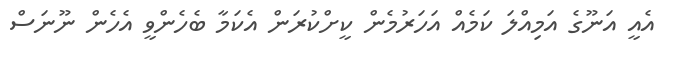
އެއީ އަނޫގެ އަމިއްލަ ކަމެއް އަހަރުމެން ކީށްކުރަން އެކަމާ ބެހެންވީ އެހެން ނޫނަސް